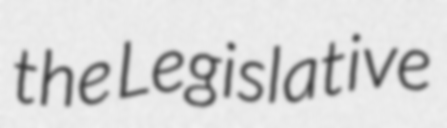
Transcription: the Legislative